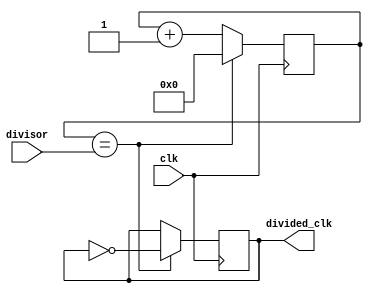
module clock_divider (
    input wire clk,
    input wire [7:0] divisor,
    output reg divided_clk
);

reg [7:0] counter;

always @(posedge clk) begin
    if (counter == divisor) begin
        divided_clk <= ~divided_clk;
        counter <= 0;
    end else begin
        counter <= counter + 1;
    end
end

endmodule